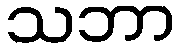
သဘာ